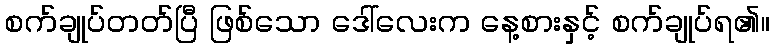
စက်ချုပ်တတ်ပြီ ဖြစ်သော ဒေါ်လေးက နေ့စားနှင့် စက်ချုပ်ရ၏။